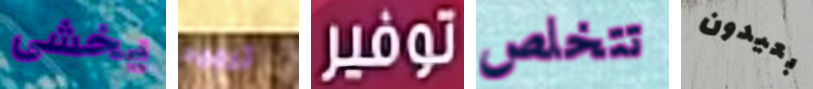
يخشى ترجمه توفير تتخلص بعيدون